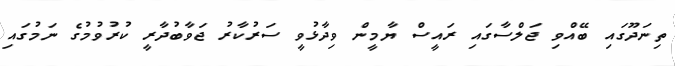
ތިނަދޫގައި ބޭއްވި ޖަލްސާގައި ރައީސް ޔާމީން ވިދާޅުވީ ސަރުކާރު ޖަވާބުދާރީ ކުރުވުމުގެ ނަމުގައި